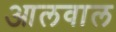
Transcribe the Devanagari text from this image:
आलवाल